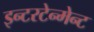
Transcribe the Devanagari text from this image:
इन्टरटेन्मेन्ट